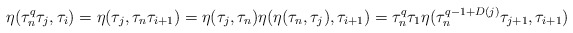
\begin{align*}\eta(\tau_n^q\tau_j, \tau_i)=\eta(\tau_j, \tau_n \tau_{i+1})=\eta(\tau_j, \tau_n) \eta(\eta(\tau_n, \tau_j), \tau_{i+1})=\tau_n^q \tau_1 \eta(\tau_n^{q-1+D(j)}\tau_{j+1},\tau_{i+1})\end{align*}